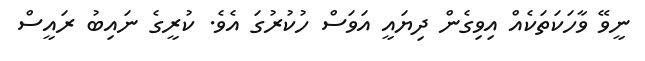
ނީވޭ ވާހަކަތަކެއް އިވިގެން ދިޔައީ އަވަސް ހުކުރުގަ އެވެ. ކުރީގެ ނައިބު ރައީސް